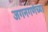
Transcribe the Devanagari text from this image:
जगनगणेच्या